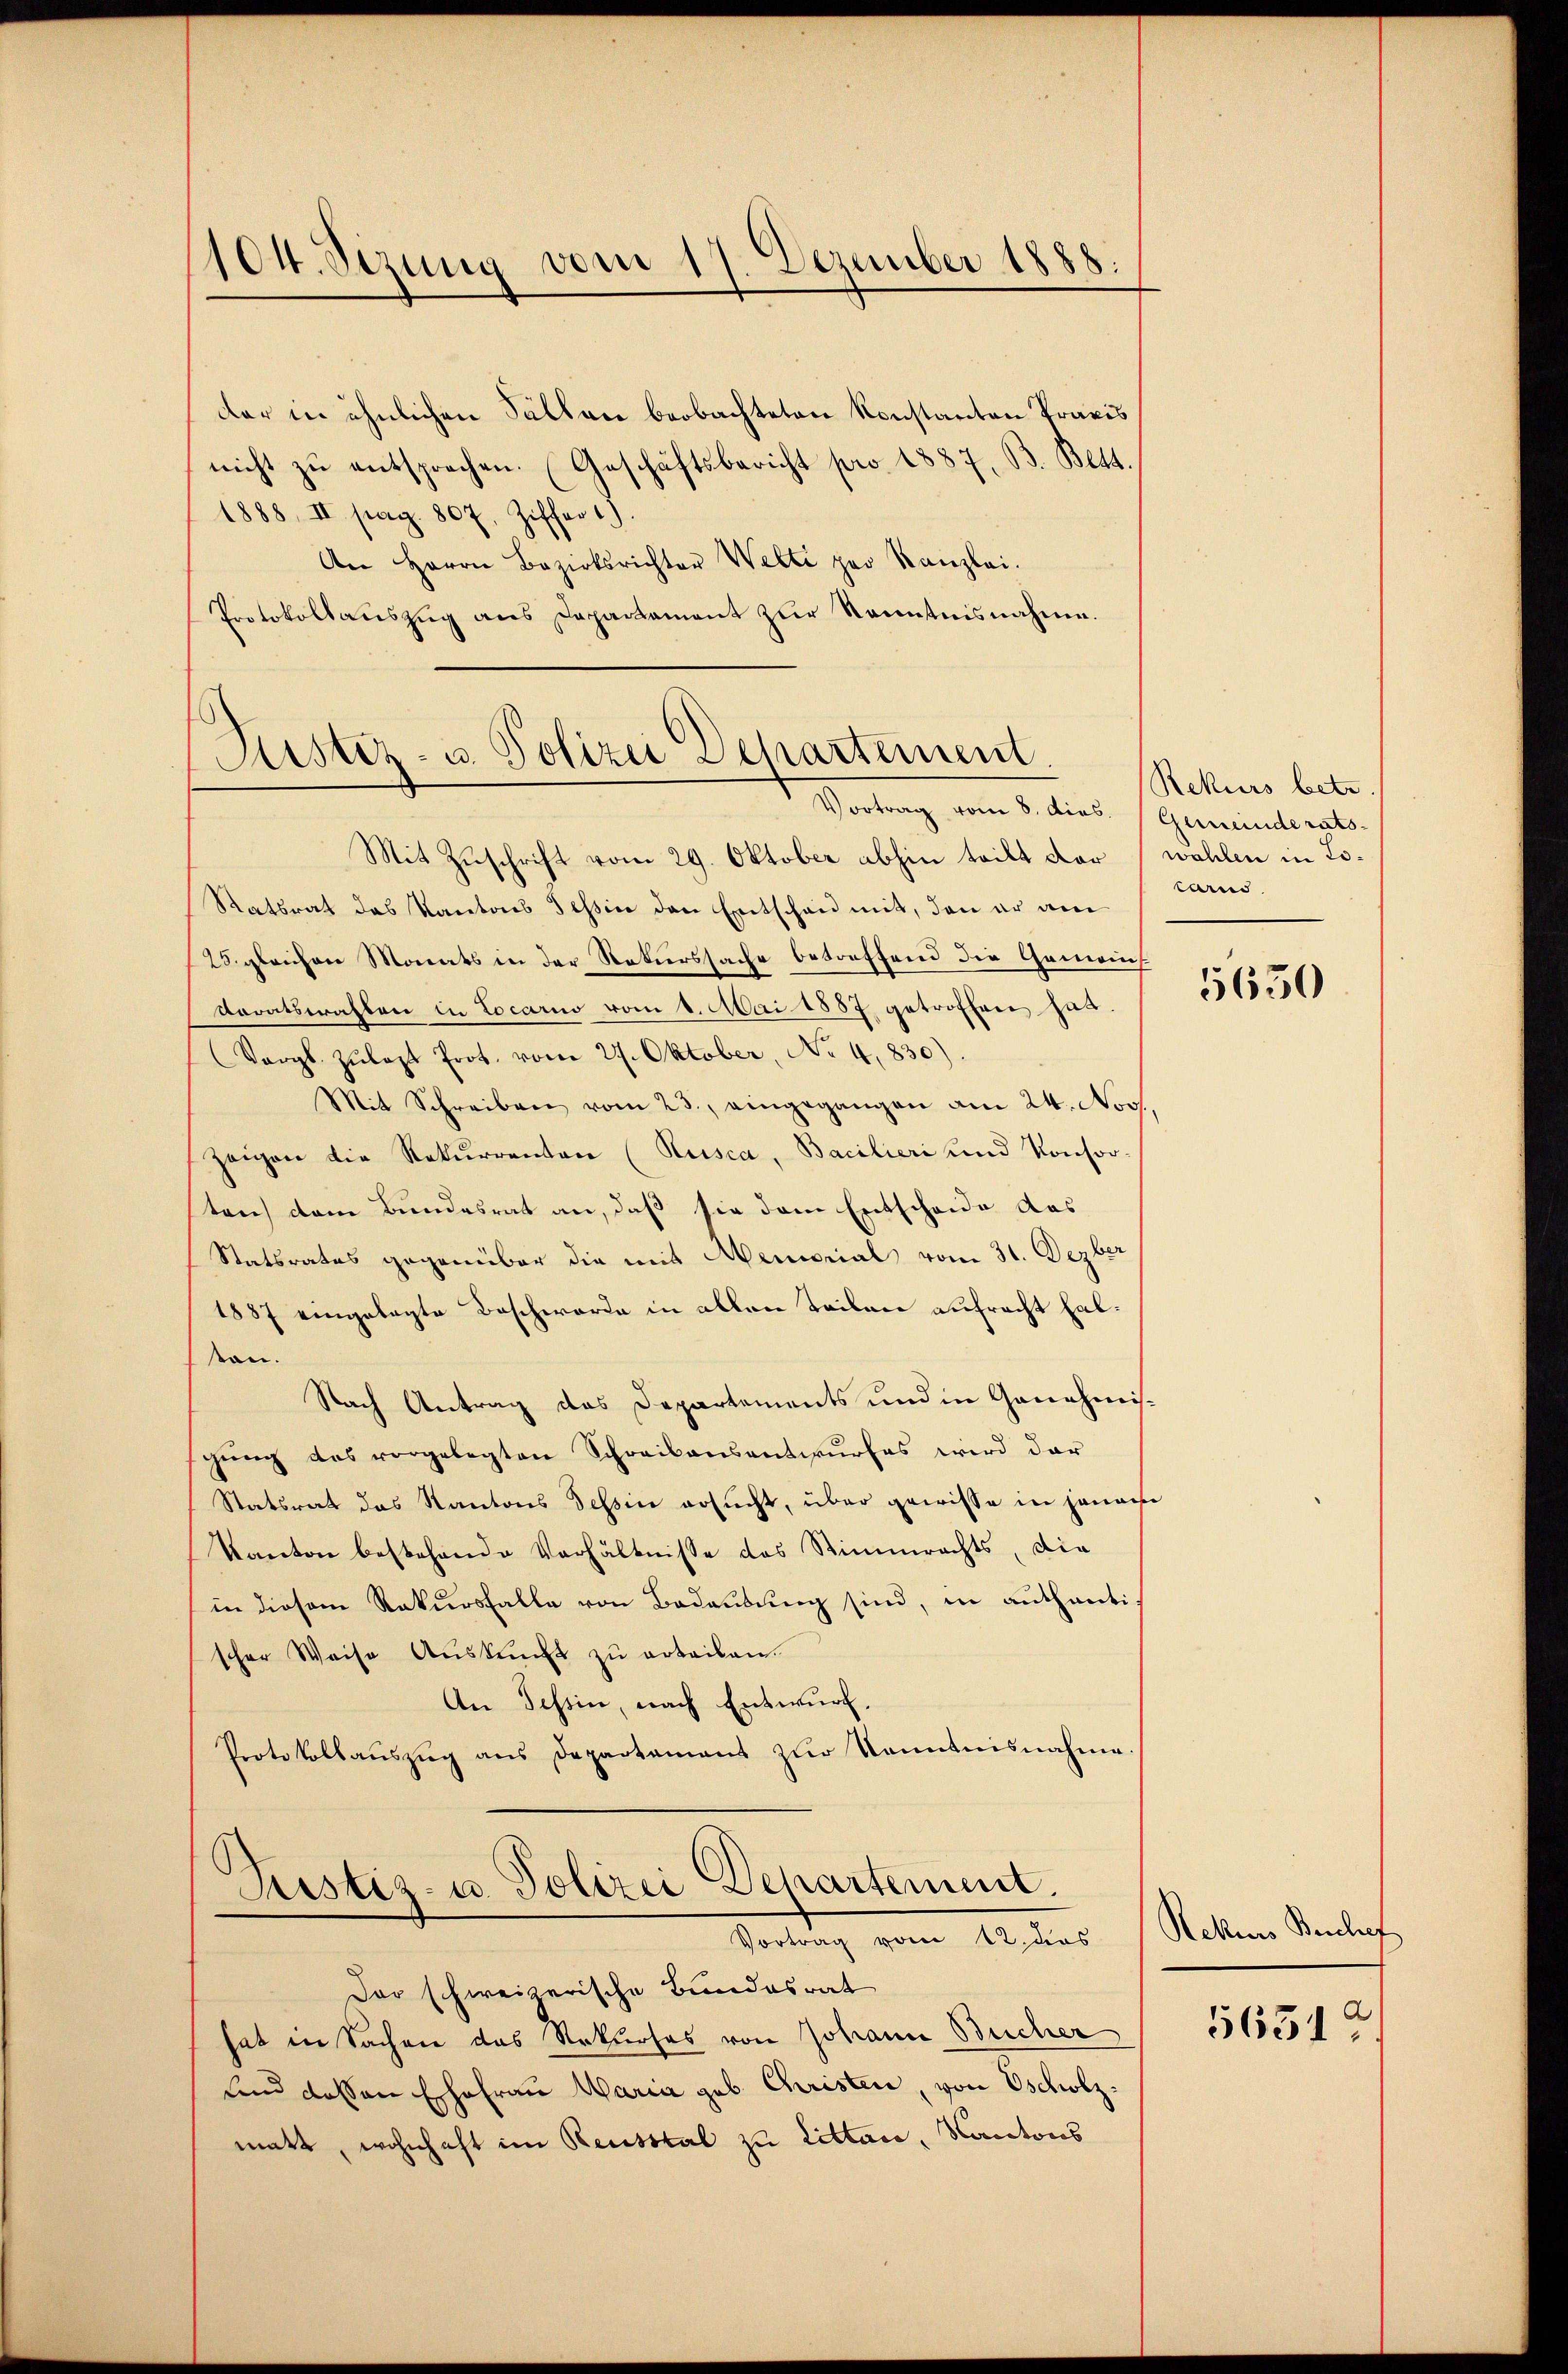
104. Sizung vom 17. Dezember 1888.

der in ähnlichen Fällen beobachteten Konstanton Praxis
nicht zŭ entsprechen. (Geschäftsbericht pro 1887, B. Bett.
1888, II pag. 807. Ziffer 1).
An Herrn Bezirksrichter Welti par Kanzlei.
Protokollaŭszŭg ans Departament zŭr Kenntnisnahme.

Rustiz- u. Polizei Departement

Vortrag vom 8. dies. (Gemeinderats-
Mit Zuschrift vom 29. Oktober abhin teilt der wohlen in Lo¬
Ratsrat des Kantons Tessin den Entschen mit, den er am
25. gleichen Monats in der Naturssache betreffend die Gemeinsdoratswahlen in Locarno vom 8. Mai 1887 getroffen hat.
Vergl. Zulast Prot. vom 27. Oktober, No 4,830)
Mit Schreiben vom 23., eingegangen am 24. Nov.
zeigen die Rekurrenten (Kusca, Bacilieri und Konsor-
ten) dem Bundesrat an, daß sie dem Entscheide das
Statsrates gegenüber die mit Memorial vom 31. Dezber
1887 eingelegte Beschwerde in allen Teilen aufracht halsan.
Nach Antrag des Departements und in Genehmisgŭng des vorgelegten Schreibensantwurfes wird dar
Statsrat das Kantons Tessin ersucht, über gewisse in jenach
Kanton bestehende Verhältnisse das Stimmrechts, die
in diesem Rekursfalle von Bedeutung sind, in authentischer Weise Aŭskŭnft zu erteilen.
An Tessin, nach Entwurf,
Protokollaŭszŭg ans Departament zŭr Kenntnisnahme
Justiz- u. Polizei Departement.
Vortrag vom 12. dies Rekurs Beschaf
Der schweizerische Bundesrat
hat in Sachen das Rekurses von Johann Bucher
fend dessen Ehefrau Waria geb. Christen, von Oscholzmatt, wohnhaft im Reusstal zu Littare, Kantons

Rekurs betr
larus.

5650

56512.